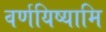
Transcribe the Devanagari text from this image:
वर्णयिष्यामि